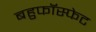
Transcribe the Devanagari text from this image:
बहुफॉस्फेट